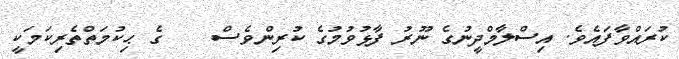
ކުރައްވާފައެވެ. އިސްލާމްދީނުގެ ނޫރު ފާޅުވުމުގެ ކުރިންވެސް    ގެ ޙިކުމަތްތެރިކަމަކީ